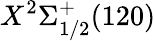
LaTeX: X^{2}\Sigma_{1/2}^{+}(120)